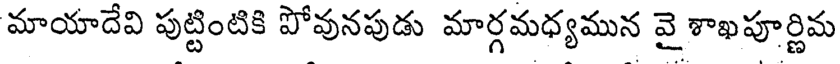
మాయాదేవి పుట్టింటికి పోవునపుడు మార్గమధ్యమున వై శాఖపూర్ణిమ